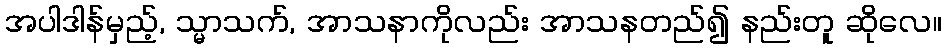
အပါဒါန်မှည့်, သ္မာသက်, အာသနာကိုလည်း အာသနတည်၍ နည်းတူ ဆိုလေ။